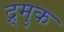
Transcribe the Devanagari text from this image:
द्र्मुक